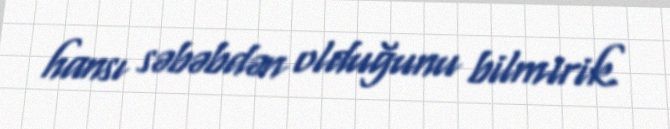
hansı səbəbdən olduğunu bilmirik.